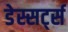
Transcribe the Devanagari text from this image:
डेस्सर्ट्स